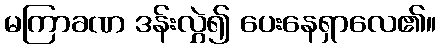
မကြာခဏ ဒန်းလွှဲ၍ ပေးနေရှာလေ၏။